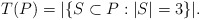
\begin{align*}T(P)= |\{S \subset P : |S|=3 \}|.\end{align*}